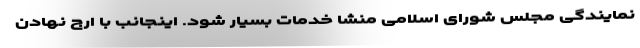
نمایندگی مجلس شورای اسلامی منشا خدمات بسیار شود. اینجانب با ارج نهادن